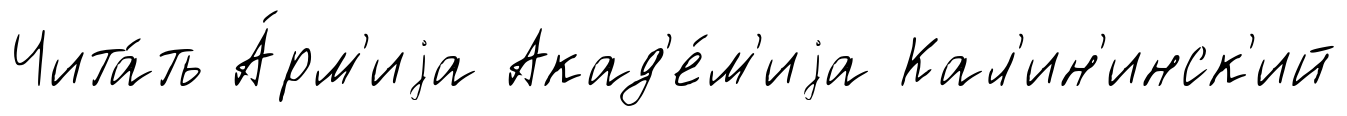
Чита́ть А́рм'иjа Акад'е́м'иjа Кал'ин'инск'ий